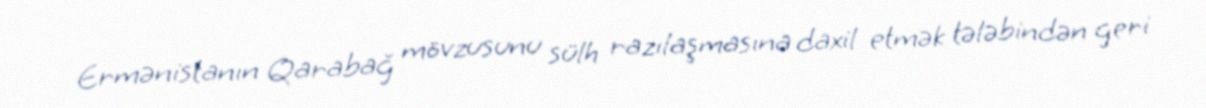
Ermənistanın Qarabağ mövzusunu sülh razılaşmasına daxil etmək tələbindən geri